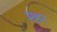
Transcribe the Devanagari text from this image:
श्हर